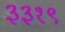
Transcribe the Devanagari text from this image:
३३१९